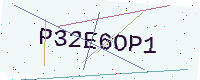
Text: P32E6OP1